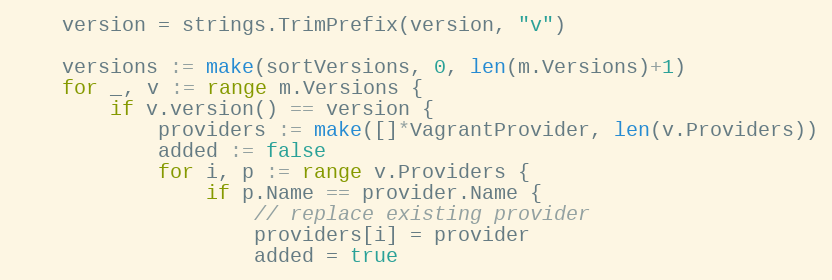
Language: Go
	version = strings.TrimPrefix(version, "v")

	versions := make(sortVersions, 0, len(m.Versions)+1)
	for _, v := range m.Versions {
		if v.version() == version {
			providers := make([]*VagrantProvider, len(v.Providers))
			added := false
			for i, p := range v.Providers {
				if p.Name == provider.Name {
					// replace existing provider
					providers[i] = provider
					added = true